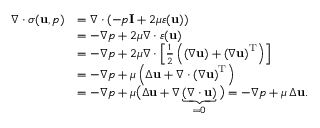
{ \begin{array} { r l } { \nabla \cdot { \boldsymbol { \sigma } } ( \mathbf { u } , p ) } & { = \nabla \cdot \left( - p \mathbf { I } + 2 \mu { \boldsymbol { \varepsilon } } ( \mathbf { u } ) \right) } \\ & { = - \nabla p + 2 \mu \nabla \cdot { \boldsymbol { \varepsilon } } ( \mathbf { u } ) } \\ & { = - \nabla p + 2 \mu \nabla \cdot \left[ { \frac { 1 } { 2 } } \left( \left( \nabla \mathbf { u } \right) + \left( \nabla \mathbf { u } \right) ^ { \mathrm { T } } \right) \right] } \\ & { = - \nabla p + \mu \left( \Delta \mathbf { u } + \nabla \cdot \left( \nabla \mathbf { u } \right) ^ { \mathrm { T } } \right) } \\ & { = - \nabla p + \mu { \bigl ( } \Delta \mathbf { u } + \nabla \underbrace { ( \nabla \cdot \mathbf { u } ) } _ { = 0 } { \bigr ) } = - \nabla p + \mu \, \Delta \mathbf { u } . } \end{array} }